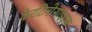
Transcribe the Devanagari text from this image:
केरटिनोसाइट्स